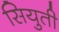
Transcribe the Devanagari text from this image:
सियुती